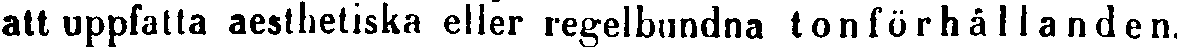
att uppfatta aesthetiska eller regelbundna ton förhållanden.